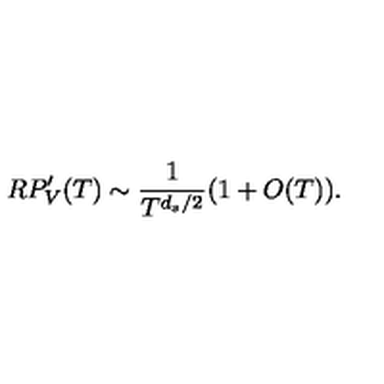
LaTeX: R P _ { V } ^ { \prime } ( T ) \sim \frac { 1 } { T ^ { d _ { s } / 2 } } ( 1 + O ( T ) ) .